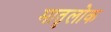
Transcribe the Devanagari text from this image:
मातृलोक